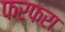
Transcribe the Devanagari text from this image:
फरफरा